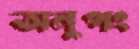
অনুপং